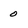
Character: 0